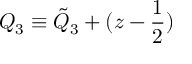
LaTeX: Q _ { 3 } \equiv { \tilde { Q } } _ { 3 } + ( z - { \frac { 1 } { 2 } } )